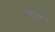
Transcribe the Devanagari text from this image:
आयताचे